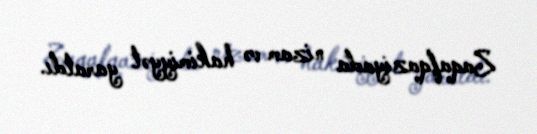
Zaqafqaziyada nizam və hakimiyyət yaratdı.